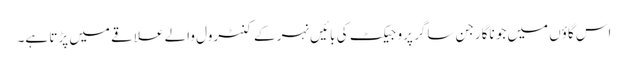
اس گاؤں میں جو ناگارجن ساگر پروجیکٹ کی بائیں نہر کے کنٹرول والے علاقے میں پڑتا ہے۔